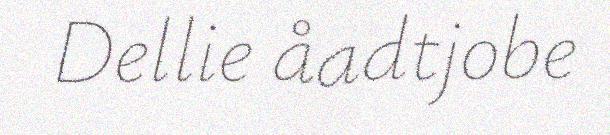
Dellie åadtjobe